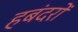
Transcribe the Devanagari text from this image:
हबंदरों